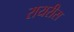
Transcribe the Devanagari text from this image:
रायरीस